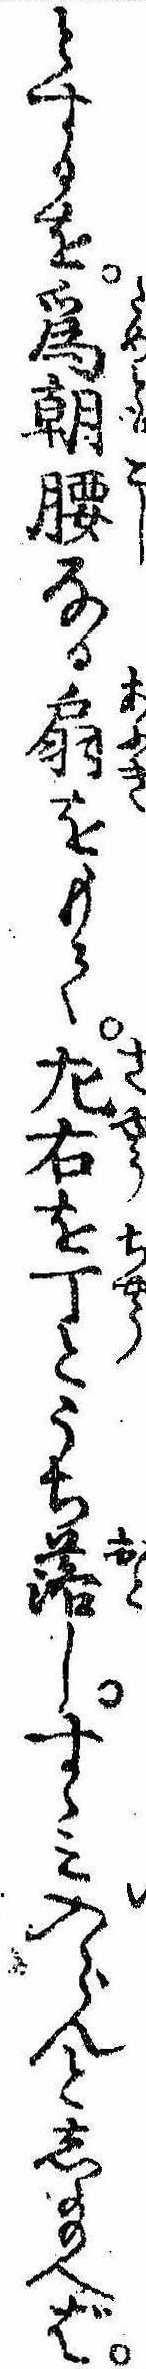
とするを為朝腰なる扇をもて㔫右を丁とうち落しすゝみ入らんとし給へば